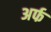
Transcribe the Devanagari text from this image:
अर्फ